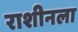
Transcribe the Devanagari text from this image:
राशीनला